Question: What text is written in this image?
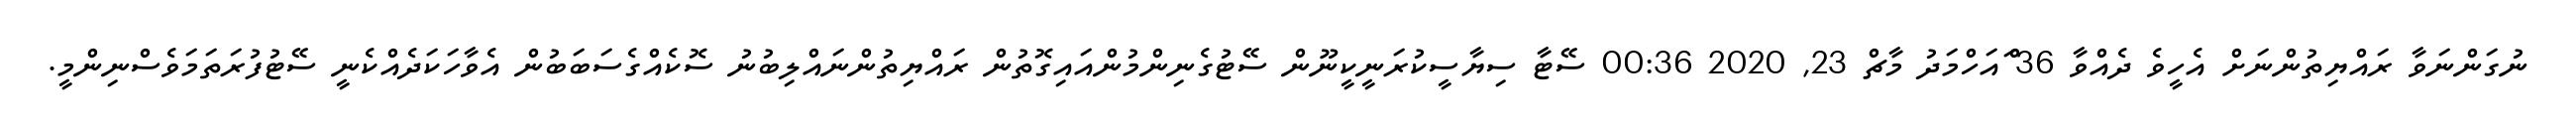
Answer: ނުގަންނަވާ ރައްޔިތުންނަށް އެހީވެ ދެއްވާ 36 ްައަހްމަދު މާޗް 23, 2020 00:36 ސޭޓާ ސިޔާސީކުރަނީކީނޫން ސޭޓުގެނިންމުންއައިގޮތުން ރައްޔިތުންނައްލިބުނު ސޮކެއްގެސަބަބުން އެވާހަކަދެއްކެނީ ސޭޓުފުރަތަމަވެސްނިންމީ.